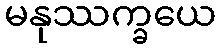
မနုဿက္ခယေ